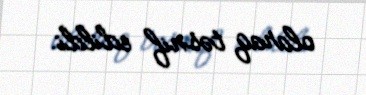
olaraq təsnif edildi.